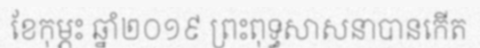
ខែកុម្ភះ ឆ្នាំ២០១៩ ព្រះពុទ្ធសាសនាបានកើត